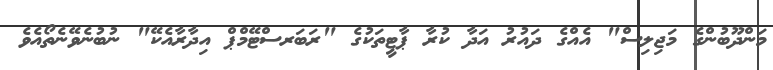
މަންދޫބުންގެ މަޖިލިސް" އެއްގެ ދައުރު އަދާ ކުރާ ޕާޓީތަކުގެ "ރަބަރސްޓޭމްޕް އިދާރާއެކޭ" ނުބުނެވޭނެތޯއެވެ